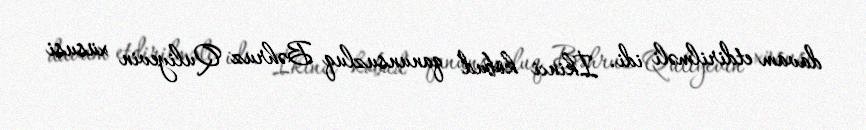
davam etdirilməli idi. İkinci kobud qanunsuzluq Bəhruz Quliyevin xüsusi